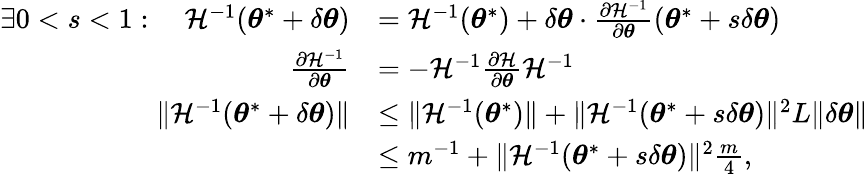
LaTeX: \begin{array}{rl}{\exists 0<s<1:\quad\mathcal{H}^{-1}({\boldsymbol{\theta}}^{*}+\delta{\boldsymbol{\theta}})}&{=\mathcal{H}^{-1}({\boldsymbol{\theta}}^{*})+\delta{\boldsymbol{\theta}}\cdot\frac{\partial\mathcal{H}^{-1}}{\partial{\boldsymbol{\theta}}}({\boldsymbol{\theta}}^{*}+s\delta{\boldsymbol{\theta}})}\\ {\frac{\partial\mathcal{H}^{-1}}{\partial{\boldsymbol{\theta}}}}&{=-\mathcal{H}^{-1}\frac{\partial\mathcal{H}}{\partial{\boldsymbol{\theta}}}\mathcal{H}^{-1}}\\ {\lVert\mathcal{H}^{-1}({\boldsymbol{\theta}}^{*}+\delta{\boldsymbol{\theta}})\rVert}&{\leq\lVert\mathcal{H}^{-1}({\boldsymbol{\theta}}^{*})\rVert+\lVert\mathcal{H}^{-1}({\boldsymbol{\theta}}^{*}+s\delta{\boldsymbol{\theta}})\rVert^{2}L\lVert\delta{\boldsymbol{\theta}}\rVert}\\ &{\leq m^{-1}+\lVert\mathcal{H}^{-1}({\boldsymbol{\theta}}^{*}+s\delta{\boldsymbol{\theta}})\rVert^{2}\frac{m}{4},}\end{array}